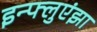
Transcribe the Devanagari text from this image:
इन्‍फ्लुएंझा